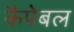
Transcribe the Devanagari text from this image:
कैपेबल